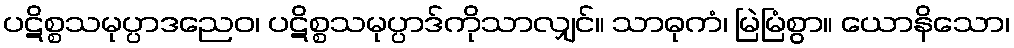
ပဋိစ္စသမုပ္ပာဒညေဝ၊ ပဋိစ္စသမုပ္ပာဒ်ကိုသာလျှင်။ သာဓုကံ၊ မြဲမြံစွာ။ ယောနိသော၊